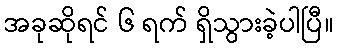
အခုဆိုရင် ၆ ရက် ရှိသွားခဲ့ပါပြီ။